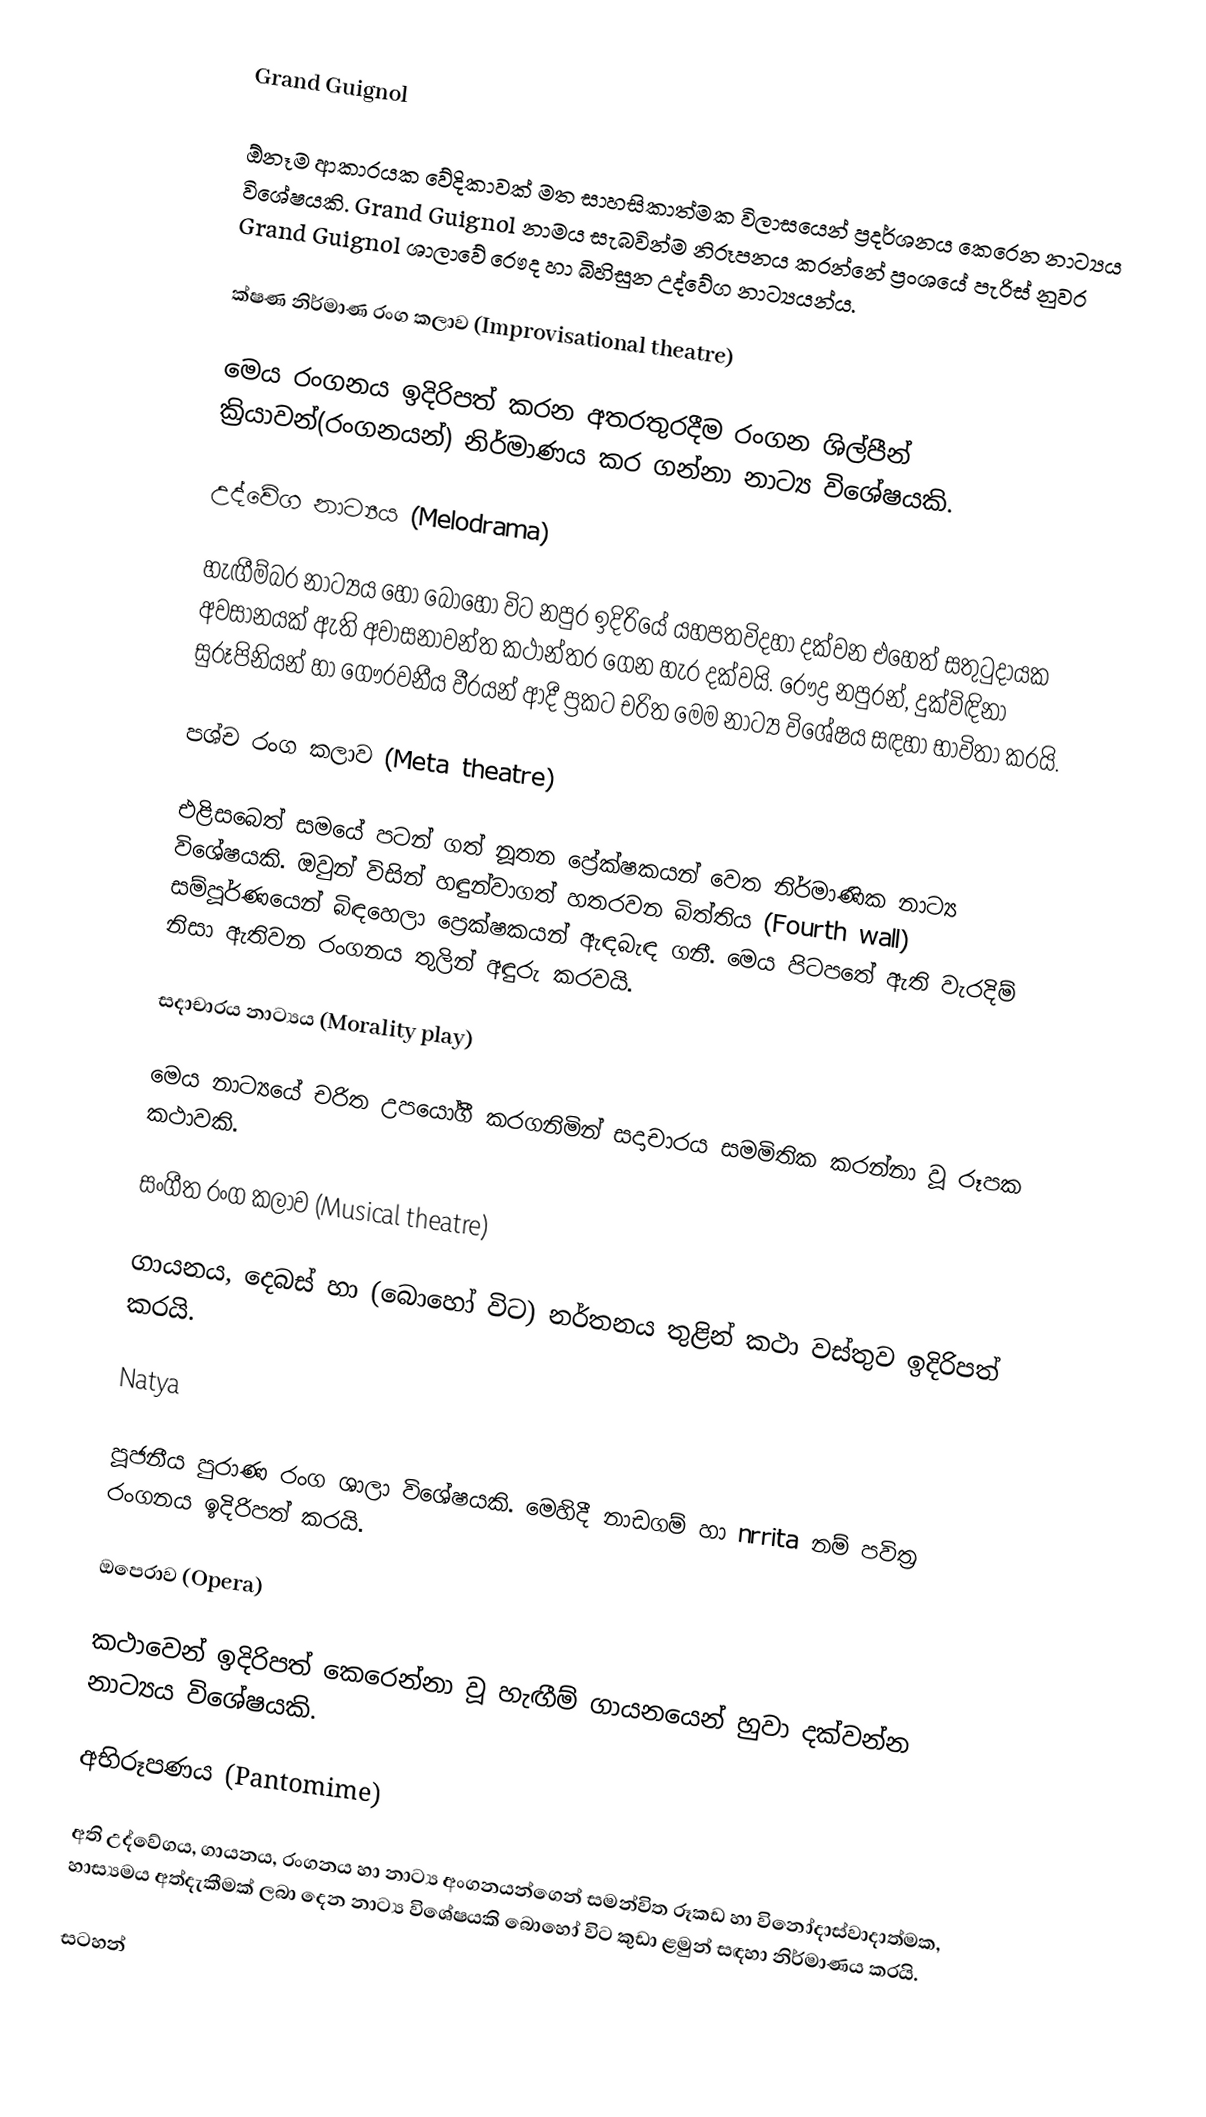
Grand Guignol

ඕනෑම ආකාරයක වේදිකාවක් මත සාහසිකාත්මක විලාසයෙන් ප්‍රදර්ශනය කෙරෙන නාට්‍යය විශේෂයකි. Grand Guignol නාමය සැබවින්ම  නිරූපනය කරන්නේ ප්‍රංශයේ පැරිස් නුවර Grand Guignol ශාලාවේ රෞද හා බිහිසුන උද්වේග නාට්‍යයන්ය.

ක්ෂණ නිර්මාණ රංග කලාව (Improvisational theatre)

මෙය රංගනය ඉදිරිපත් කරන අතරතුරදීම රංගන ශිල්පීන් ක්‍රියාවන්(රංගනයන්) නිර්මාණය කර ගන්නා නාට්‍ය විශේෂයකි.

උද්වේග නාට්‍යය (Melodrama)

හැඟීම්බර නාට්‍යය හෝ  බොහෝ විට නපුර ඉදිරියේ යහපතවිදහා දක්වන එහෙත් සතුටුදායක අවසානයක් ඇති අවාසනාවන්ත  කථාන්තර ගෙන හැර දක්වයි. රෞද්‍ර නපුරන්, දුක්විඳිනා සුරූපිනියන් හා ‍ගෞරවනීය වීරයන් ආදී ප්‍රකට චරිත මෙම නාට්‍ය විශේෂය සඳහා භාවිතා කරයි.

පශ්ච රංග කලාව (Meta theatre)

එළිසබෙත් සමයේ පටන් ගත් නූතන ප්‍රේක්ෂකයන් වෙත නිර්මාණික නාට්‍ය විශේෂයකි. ඔවුන් විසින් හඳුන්වාගත් හතරවන බිත්තිය (Fourth wall) සම්පූර්ණයෙන් බිඳහෙලා ප්‍රෙක්ෂකයන් ඇඳබැඳ ගනී. මෙය පිටපතේ ඇති වැරදිම් නිසා ඇතිවන රංගනය තුලින්  අඳුරු කරවයි.

සදාචාරය නාට්‍යය (Morality play)

මෙය නාට්‍යයේ චරිත උපයෝගී කරගනිමින් සදාචාරය සමමිතික කරන්නා වූ රූපක කථාවකි.

සංගීත රංග කලාව (Musical theatre)

ගායනය, දෙබස් හා (බොහෝ විට) නර්තනය තුළින් කථා වස්තුව ඉදිරිපත් කරයි.

Natya

පූජනීය පුරාණ රංග ශාලා විශේෂයකි. මෙහිදී  නාඩගම් හා nrrita නම් පවිත්‍ර රංගනය ඉදිරිපත් කරයි.

ඔපෙරාව (Opera)

කථාවෙන් ඉදිරිපත් කෙරෙන්නා වූ  හැඟීම් ගායනයෙන් හුවා දක්වන්න නාට්‍යය විශේෂයකි.

අභිරූපණය (Pantomime)

අති උද්වේගය, ගායනය, රංගනය හා නාට්‍ය අංගනයන්ගෙන් සමන්විත රූකඩ හා වි‍නෝදාස්වාදාත්මක, හාස්‍යමය  අත්දැකීමක් ලබා දෙන නාට්‍ය විශේෂයකි ‍බොහෝ විට කුඩා ළමුන් සඳහා නිර්මාණය කරයි.

සටහන්